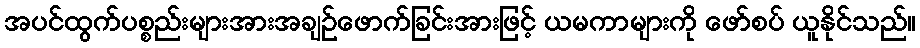
အပင်ထွက်ပစ္စည်းများအားအချဉ်ဖောက်ခြင်းအားဖြင့် ယမကာများကို ဖော်စပ် ယူနိုင်သည်။